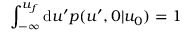
\int _ { - \infty } ^ { u _ { f } } \mathrm { d } u ^ { \prime } p ( u ^ { \prime } , 0 | u _ { 0 } ) = 1